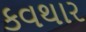
કવથાર